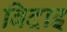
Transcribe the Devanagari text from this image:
बिदाइ